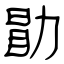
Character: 勖